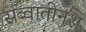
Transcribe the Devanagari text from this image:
सव्वातीनशे